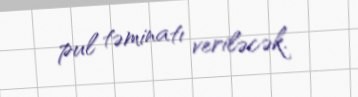
pul təminatı veriləcək.